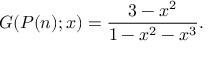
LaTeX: G ( P ( n ) ; x ) = { \frac { 3 - x ^ { 2 } } { 1 - x ^ { 2 } - x ^ { 3 } } } .